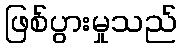
ဖြစ်ပွားမှုသည်